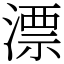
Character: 漂